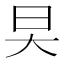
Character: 旲